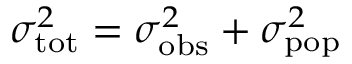
\sigma _ { \mathrm { t o t } } ^ { 2 } = \sigma _ { \mathrm { o b s } } ^ { 2 } + \sigma _ { \mathrm { p o p } } ^ { 2 }